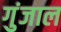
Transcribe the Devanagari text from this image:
गुंजाल